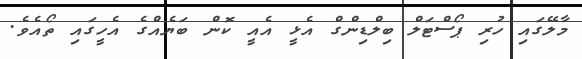
މާލޭގައި ހުރި ޕޯސްޓަލް ބިލްޑިންގް އެޅީ އެއީ ކޮން ބަޔެއްގެ އެހީގައި ތޯއެވެ.